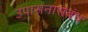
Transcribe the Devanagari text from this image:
उपासनासंबंध